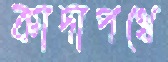
কাদাপথে